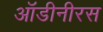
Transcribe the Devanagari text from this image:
ऑडीनीरस